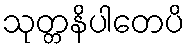
သုတ္တနိပါတေပိ